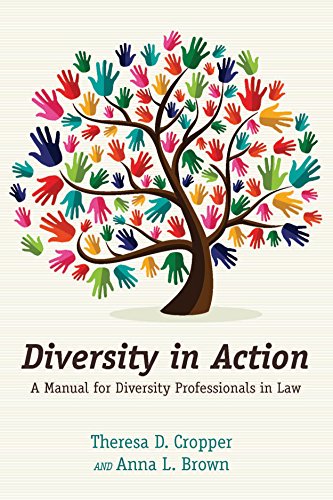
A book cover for Diversity in Action: A Manual for Diversity Professionals in Law; Theresa  D. Cropper; Law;